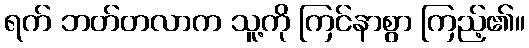
ရက် ဘတ်တလာက သူ့ကို ကြင်နာစွာ ကြည့်၏။